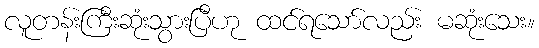
လူတန်းကြီးဆုံးသွားပြီဟု ထင်ရသော်လည်း မဆုံးသေး။